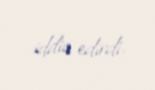
iddia edirdi.